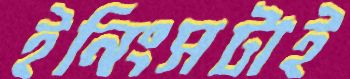
ইনিংসটাই